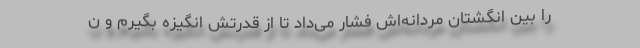
را بین انگشتان مردانه‌اش فشار می‌داد تا از قدرتش انگیزه بگیرم و ن